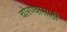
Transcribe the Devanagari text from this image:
चोरण्यासाठी